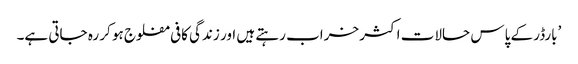
’بارڈر کے پاس حالات اکثر خراب رہتے ہیں اور زندگی کافی مفلوج ہو کر رہ جاتی ہے۔